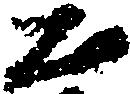
公